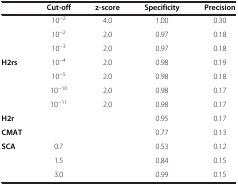
<table><thead><tr><td><b> </b></td><td><b>Cut-off</b></td><td><b>z-score</b></td><td><b>Specificity</b></td><td><b>Precision</b></td></tr></thead><tbody><tr><td> </td><td>10<sup>-2</sup></td><td>4.0</td><td>1.00</td><td>0.30</td></tr><tr><td> </td><td>10<sup>-2</sup></td><td>2.0</td><td>0.97</td><td>0.18</td></tr><tr><td> </td><td>10<sup>-3</sup></td><td>2.0</td><td>0.97</td><td>0.18</td></tr><tr><td><b>H2rs</b></td><td>10<sup>-4</sup></td><td>2.0</td><td>0.98</td><td>0.19</td></tr><tr><td> </td><td>10<sup>-5</sup></td><td>2.0</td><td>0.98</td><td>0.18</td></tr><tr><td> </td><td>10<sup>-10</sup></td><td>2.0</td><td>0.98</td><td>0.17</td></tr><tr><td> </td><td>10<sup>-11</sup></td><td>2.0</td><td>0.98</td><td>0.17</td></tr><tr><td><b>H2r</b></td><td> </td><td> </td><td>0.95</td><td>0.17</td></tr><tr><td><b>CMAT</b></td><td> </td><td> </td><td>0.77</td><td>0.13</td></tr><tr><td rowspan="3"><b>SCA</b></td><td>0.7</td><td> </td><td>0.53</td><td>0.12</td></tr><tr><td>1.5</td><td> </td><td>0.84</td><td>0.15</td></tr><tr><td>3.0</td><td> </td><td>0.99</td><td>0.15</td></tr></tbody></table>